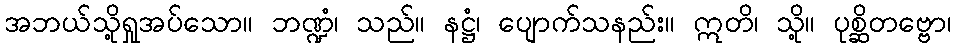
အဘယ်သို့ရှုအပ်သော။ ဘဏ္ဍံ၊ သည်။ နဋ္ဌံ၊ ပျောက်သနည်း။ ဣတိ၊ သို့။ ပုစ္ဆိတဗ္ဗော၊